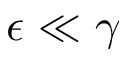
\epsilon \ll \gamma